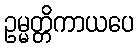
ဥမ္မတ္တိကာယပေ